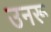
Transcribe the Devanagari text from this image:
उनरू